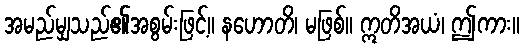
အမည်မျှသည်၏အစွမ်းဖြင့်။ နဟောတိ၊ မဖြစ်။ ဣတိအယံ၊ ဤကား။